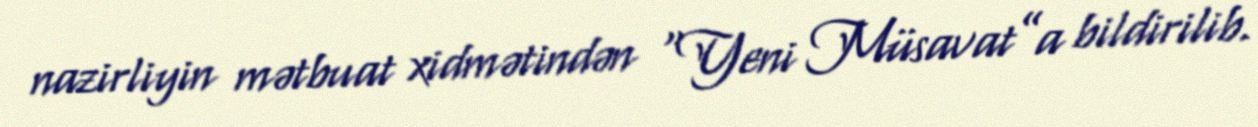
nazirliyin mətbuat xidmətindən “Yeni Müsavat”a bildirilib.